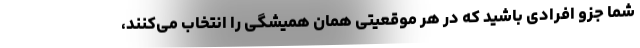
شما جزو افرادی باشید که در هر موقعیتی همان همیشگی را انتخاب می‌کنند،